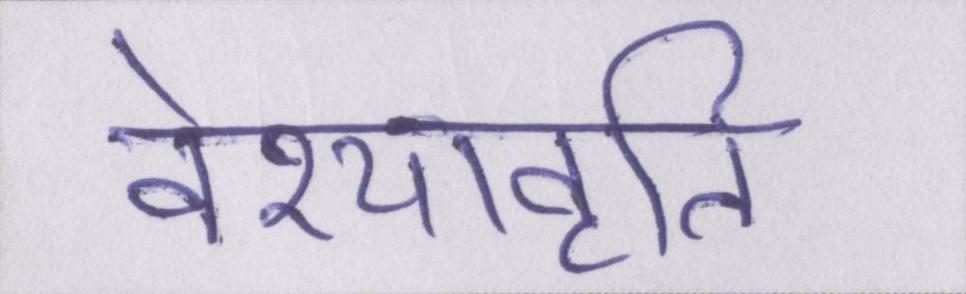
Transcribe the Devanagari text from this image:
वेश्यावृति